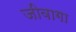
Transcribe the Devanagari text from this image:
जीवागा